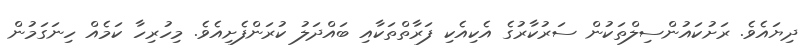
ދިޔައެވެ. ރަށުކައުންސިލްތަކުން ސަރުކާރުގެ އެކިއެކި ފަރާތްތަކާއި ބައްދަލު ކުރަންފެށިއެވެ. މިހުރިހާ ކަމެއް ހިނަގަމުން